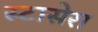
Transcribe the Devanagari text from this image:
स्टासेरा